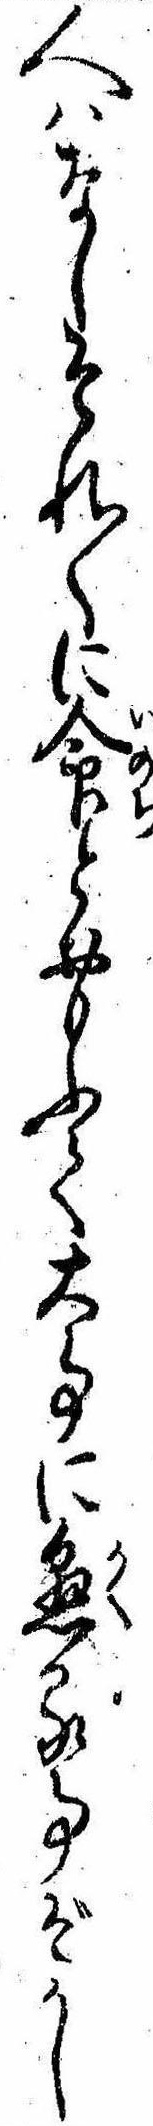
人はなしそれ〱に命とおもふて大事に懸る事ぞかし